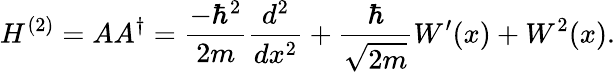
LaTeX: H^{(2)}=AA^{\dagger}={\frac{-\hbar^{2}}{2m}}{\frac{d^{2}}{dx^{2}}}+{\frac{\hbar}{\sqrt{2m}}}W^{\prime}(x)+W^{2}(x).